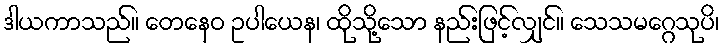
ဒါယကာသည်။ တေနေဝ ဥပါယေန၊ ထိုသို့သော နည်းဖြင့်လျှင်။ သေသမဂ္ဂေသုပိ၊